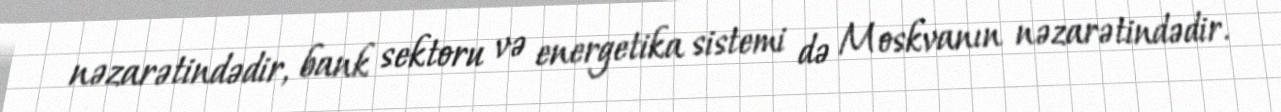
nəzarətindədir, bank sektoru və energetika sistemi də Moskvanın nəzarətindədir.